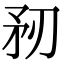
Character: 𥍞